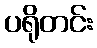
ပရိုတင်း